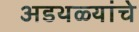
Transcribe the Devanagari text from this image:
अडथळ्यांचे